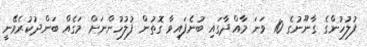
ފުލުހުންގެ ގާނޫނުގެ 10 ވަނަ މާއްދާގައި ބުނެފައިވާ ގޮތުން ފުލުހުންނަށް މަގެއް ބަންދުކުރެވޭނީ